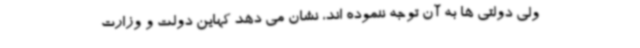
ولی دولتی ها به آن توجه ننموده اند، نشان می دهد کهاین دولت و وزارت